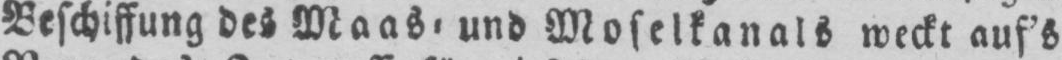
Beschiffung des Maas⸗ und Moselkanals weckt auf’s